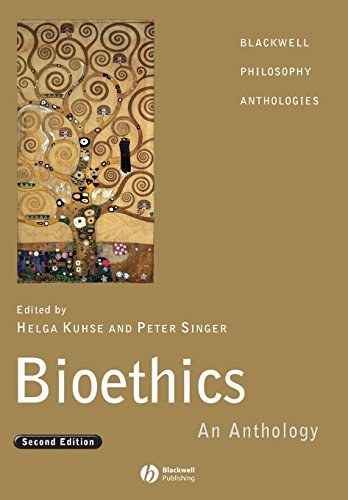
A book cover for Bioethics, 2nd Edition; Medical Books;